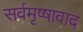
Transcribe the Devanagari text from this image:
सर्वमृष्षावाद